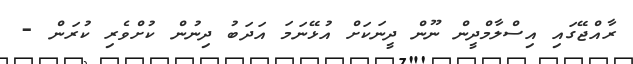
ރާއްޖޭގައި އިސްލާމްދީން ނޫން ދީނަކަށް އުޅޭނަމަ އަދަބު ދިނުން ކުށްވެރި ކުރަން -